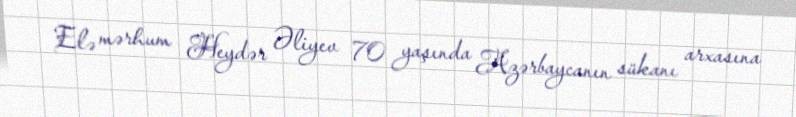
Elə mərhum Heydər Əliyev 70 yaşında Azərbaycanın sükanı arxasına